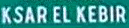
KSAR EL KEBIR